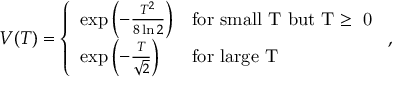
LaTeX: V ( T ) = \left\{ \begin{array} { l l } { { \exp \left( - \frac { T ^ { 2 } } { 8 \ln 2 } \right) } } & { { \mathrm { f o r ~ s m a l l ~ T ~ b u t ~ T \ge ~ 0 ~ } } } \\ { { \exp \left( - \frac { T } { \sqrt { 2 } } \right) } } & { { \mathrm { f o r ~ l a r g e ~ T ~ } } } \end{array} , \right.